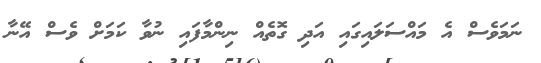
ނަމަވެސް އެ މައްސަލައިގައި އަދި ގޮތެއް ނިންމާފައި ނުވާ ކަމަށް ވެސް އޭނާ